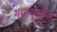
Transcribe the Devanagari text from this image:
गमावूनसुद्धा